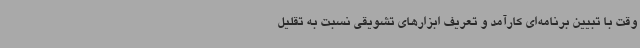
وقت با تبیین برنامه‌ای کارآمد و تعریف ابزارهای تشویقی نسبت به تقلیل